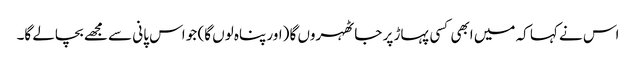
اس نے کہا کہ میں ابھی کسی پہاڑ پر جا ٹھہروں گا (اور پناہ لوں گا) جو اس پانی سے مجھے بچالے گا۔